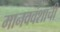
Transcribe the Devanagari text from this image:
मानववंशाची